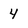
Character: 4